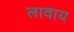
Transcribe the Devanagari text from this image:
लावाय